Lunatic asylums Punjab 1911-1921 - 1911-1921
Year: 1911
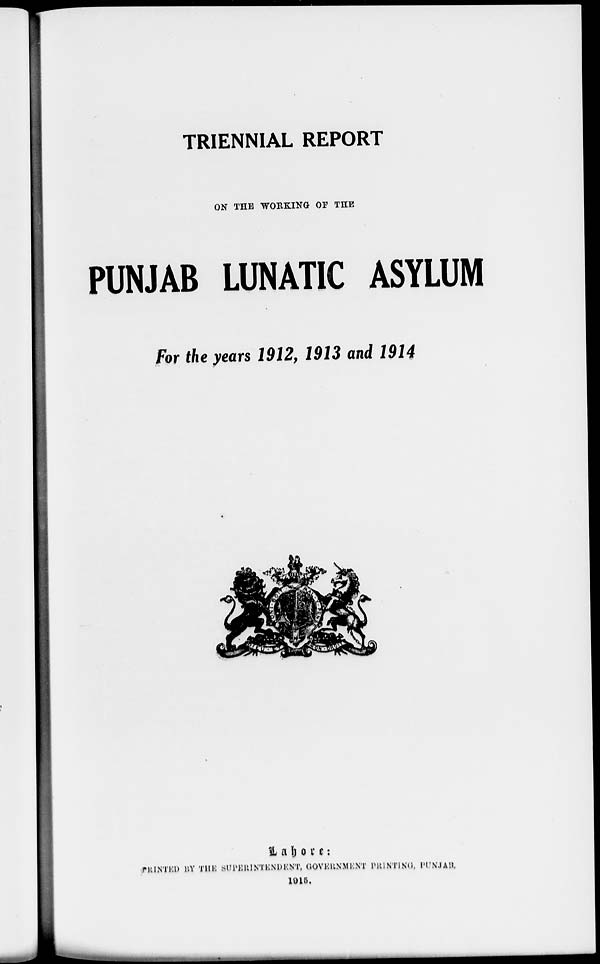
TRIENNIAL REPORT
ON THE WORKING OF THE
PUNJAB LUNATIC ASYLUM
For the years 1912, 1913 and 1914
L a h o r e:
PRINTED BY THE SUPERINTENDENT, GOVERNMENT PRINTING, PUNJAB.
1915.